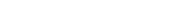
١٩٤